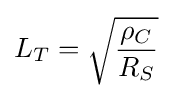
L_{T}={\sqrt {\frac {\rho _{C}}{R_{S}}}}